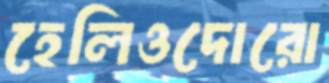
হেলিওদোরো